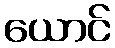
ယောင်